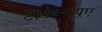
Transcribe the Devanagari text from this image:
टीडब्ल्ययूए